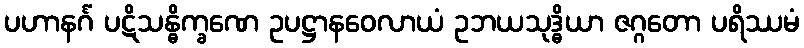
ပဟာနင်္ဂံ ပဋိသန္ဓိက္ခဏေ ဥပဋ္ဌာနဝေလာယံ ဥဘယသုဒ္ဓိယာ ဇဂ္ဂတော ပရိဿမံ